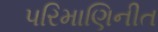
પરિમાણિનીત